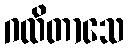
ဂထိတာသေ